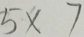
5 \times 7